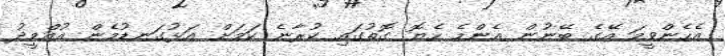
އެހެންވީމަ އޭގެ ބޭނުން އެންމެ ހެޔޮ ގޮތުގައި ކުރާނެ ކަމަށް އަޅުގަނޑުމެން އުއްމީދު